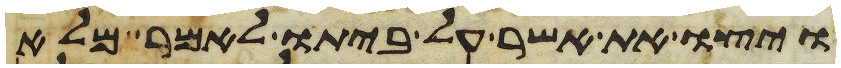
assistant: ויצו את אשר על ביתו לאמר מלא